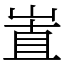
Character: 𡸽